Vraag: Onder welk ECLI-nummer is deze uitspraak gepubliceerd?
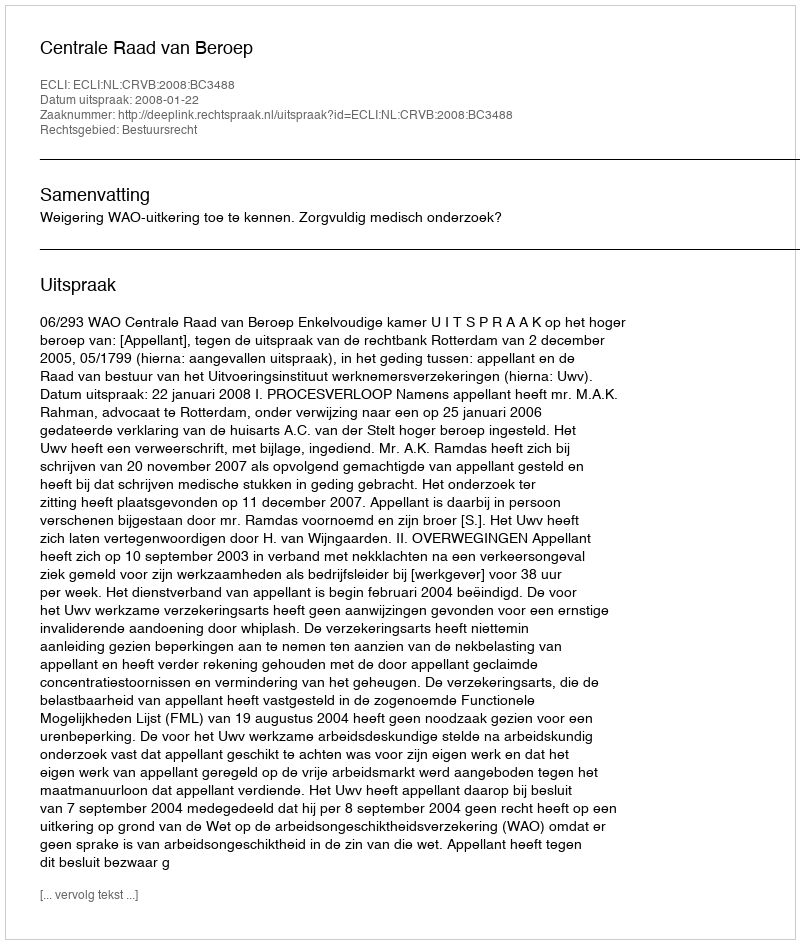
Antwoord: ECLI:NL:CRVB:2008:BC3488